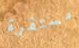
مستقرة